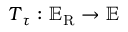
\boldsymbol { T } _ { \u { \tau } } : \mathbb { E } _ { \mathrm { R } } \rightarrow \mathbb { E }